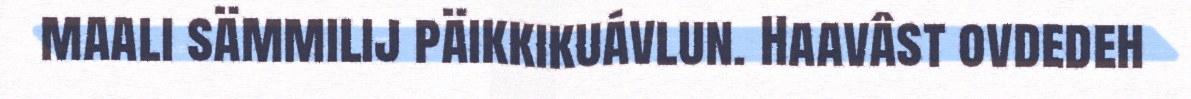
maali sämmilij päikkikuávlun. Haavâst ovdedeh